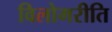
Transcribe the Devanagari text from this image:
विलोमरीति